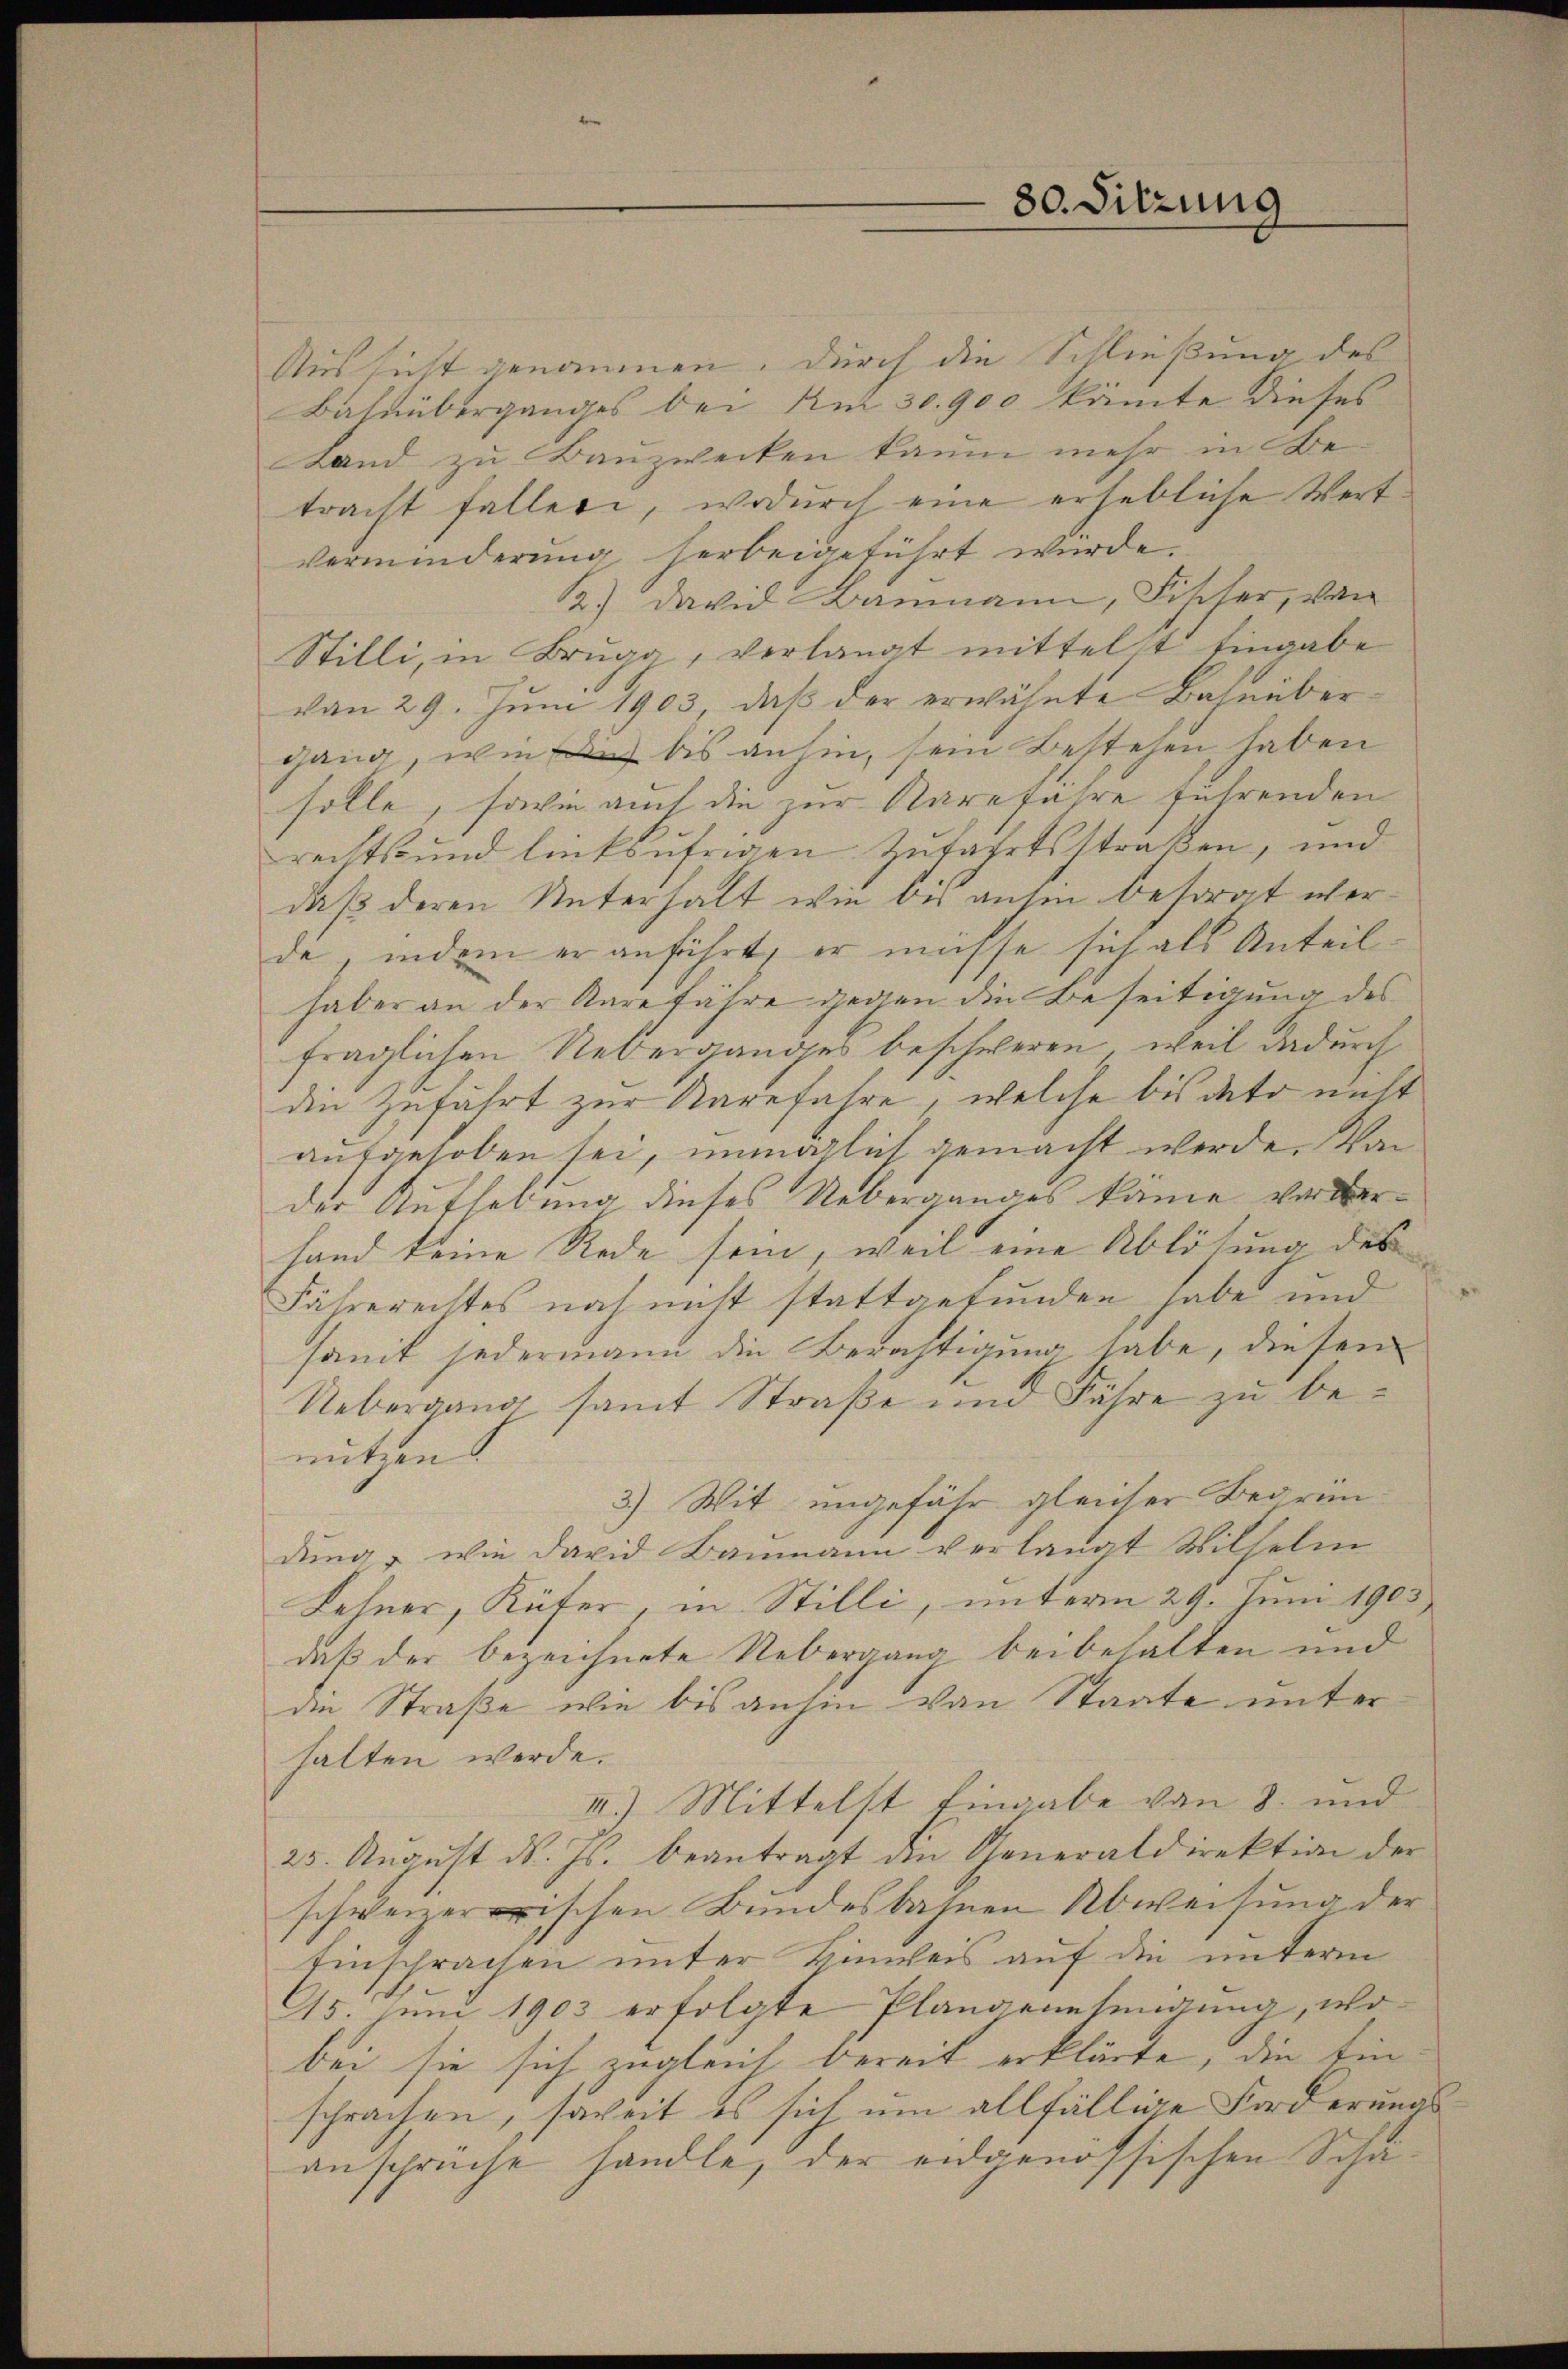
Bahnüberganges bei Am 30. 900 könnte dieses
verminderung herbeigeführt wurde.
B.) David Baumann, Fischer, von
Stilli, in Bruga, verlangt mittelst Eingabe
von 29. Juni 1903, daß der erwähnte Bahnübergang, wie ich bis anhin, sein Bestehen haben
solle, sowie auch die zur Karefahre führenden
rechts und linksufrigen Zufahrtsstraßen, und
daß deren Unterhalt wie bei ansen besorgt werde, indem er anführt, er müsse sich als Anteilhaber an der Aare fahre gegen die Beseitigung des
fraglichen Ueberganges beschweren, weil dadurch
die Zufährt zur Karefahre, welche bis dato nicht
aufgehoben sei, unmöglich gemacht werde. Von
der Aufhebung dieses Ueberganges käme vorderhand keine Rede sein, weil eine Ablösung des
Fährerechtes noch nicht stattgefunden habe und
samit jedermann die Berichtigung habe, diesen
Uebergang samt Straße und Fähre zu benutzen
3.) Wit ungefähr gleicher Begrün-
dung, wie david Baumann verlangt Wilhelm
Lehner, Küfer, in Stilli, unterm 29. Juni 1903
daß der bezeichnete Uebergang beibehalten und
die Straße wie bis anhin von Staate unter
halten werde.
II.) Mittelst Eingabe von 8. und
25. August d. Js. beantragt die Generaldirektion der
schweizerischen Bundesbahnen Abweisung der
Einschrachen unter Einweis auf die unterm
95. Juni 1903 erfolgte Plangenehmigung, wobei sie sich zugleich bereit erklärte, die Ein
sprachen, soweit es sich um allfällige Forderungsanspreche handle, der eidgenössischen Scha¬

80. Sitzung

Aussicht genommen. Durch die Schließung des
Land zu Bauzwecken kaum mehr in Betracht faller, wodurch eine erhebliche Wert-